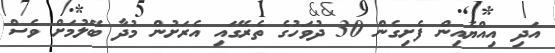
އަދި އިއްޔެއިން ފެށިގެން 30 ދުވަހުގެ ތެރޭގައި އެރަށުން މުދާ ބޭލުމަށް ވެސް